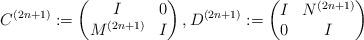
LaTeX: \begin{align*} C^{(2n+1)}&:= \begin{pmatrix} I & 0 \\ M^{(2n+1)} & I \end{pmatrix}, D^{(2n+1)}:= \begin{pmatrix} I & N^{(2n+1)} \\ 0 & I \end{pmatrix}\end{align*}